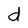
Character: d